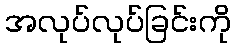
အလုပ်လုပ်ခြင်းကို